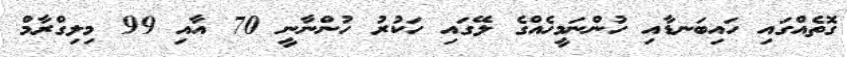
ގޮތެއްގައި ހައިބަނޑާއި ހުންނަމީހެއްގެ ލޭގައި ހަކުރު ހުންނާނީ 70 އާއި 99 މިލިގްރާމް